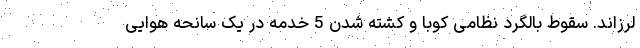
لرزاند. سقوط بالگرد نظامی کوبا و کشته شدن 5 خدمه در یک سانحه هوایی